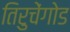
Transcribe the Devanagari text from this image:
तिरुचेंगोड